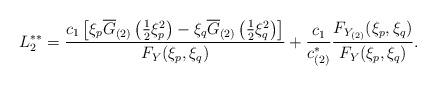
LaTeX: \begin{align*} L_{2}^{\ast\ast}&=\frac{c_{1}\left[\xi_{p}\overline{G}_{(2)}\left(\frac{1}{2}\xi_{p}^{2}\right)-\xi_{q}\overline{G}_{(2)}\left(\frac{1}{2}\xi_{q}^{2}\right)\right]}{F_{Y}(\xi_{p},\xi_{q})}+\frac{c_{1}}{c_{(2)}^{\ast}}\frac{F_{Y_{(2)}}(\xi_{p},\xi_{q})}{F_{Y}(\xi_{p},\xi_{q})}.\end{align*}